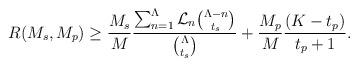
LaTeX: \begin{align*}R(M_s,M_p) \geq \frac{M_s}{M}\frac{\sum_{n=1}^{\Lambda}\mathcal{L}_n\binom{\Lambda-n}{t_s}}{\binom{\Lambda}{t_s}} +\frac{M_p}{M}\frac{(K-t_p) }{t_p+1}. \end{align*}